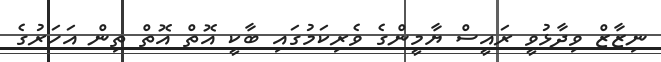
ނިޒާޒް ވިދާޅުވީ ރައީސް ޔާމީންގެ ވެރިކަމުގައި ބާކީ އޮތް އޮތް ތިން އަހަރުގެ